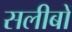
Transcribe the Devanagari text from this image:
सलीबों